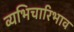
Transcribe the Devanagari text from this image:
व्यभिचारिभाव